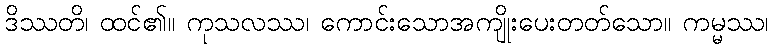
ဒိဿတိ၊ ထင်၏။ ကုသလဿ၊ ကောင်းသောအကျိုးပေးတတ်သော။ ကမ္မဿ၊